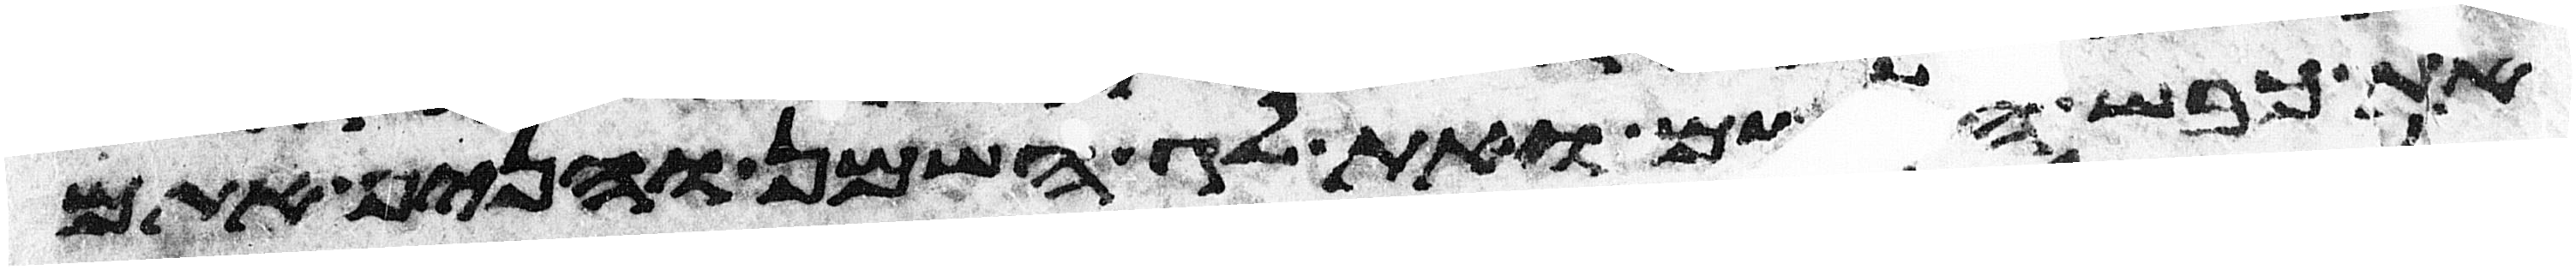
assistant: את כבש האשם ואת לג השמן והניף אתם